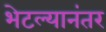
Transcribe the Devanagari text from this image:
भेटल्यानंतर